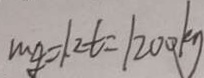
m g = 1 . 2 t = 1 2 0 0 k g